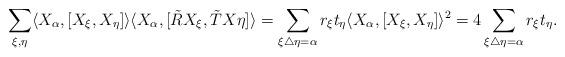
LaTeX: \begin{align*} \sum_{\xi,\eta} \langle X_\alpha ,[X_\xi,X_\eta]\rangle\langle X_\alpha,[\tilde RX_\xi,\tilde TX\eta]\rangle= \sum_{\xi\triangle\eta=\alpha}r_\xi t_\eta\langle X_\alpha,[X_\xi,X_\eta]\rangle^2= 4\sum_{\xi\triangle\eta=\alpha}r_\xi t_\eta.\end{align*}